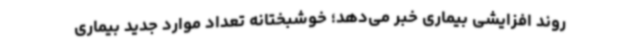
روند افزایشی بیماری خبر می‌دهد؛ خوشبختانه تعداد موارد جدید بیماری